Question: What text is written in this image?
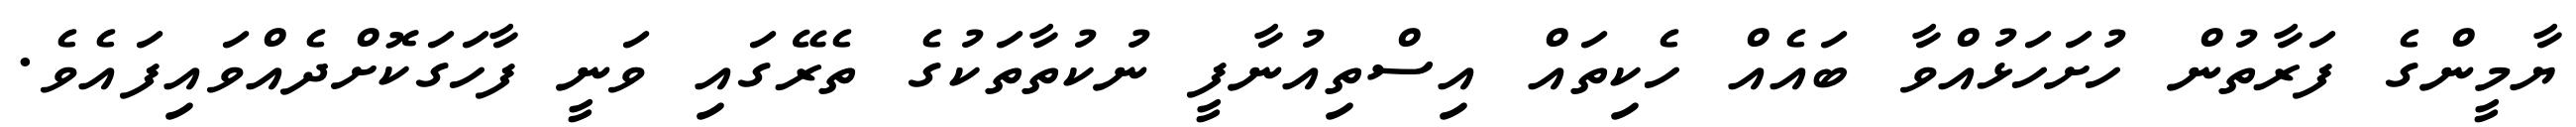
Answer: ޔާމީންގެ ފަރާތުން ހުށަހަޅުއްވާ ބައެއް ހެކިތައް އިސްތިއުނާފީ ނުކުތާތަކުގެ ތެރޭގައި ވަނީ ފާހަގަކޮށްދެއްވައިފައެވެ.